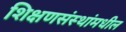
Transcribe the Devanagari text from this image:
शिक्षणसंस्थांमधील